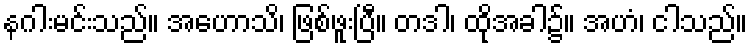
နဂါးမင်းသည်။ အဟောသိ၊ ဖြစ်ဖူးပြီ။ တဒါ၊ ထိုအခါ၌။ အဟံ၊ ငါသည်။